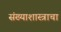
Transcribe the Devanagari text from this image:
संख्याशास्त्राचा